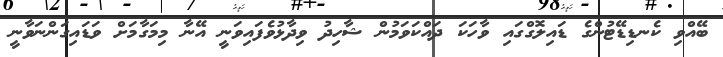
ބޭއްވި ކެނޑިޑޭޓުންގެ ޑައިލޮގްގައި ވާހަކަ ދައްކަވަމުން ޝާހިދު ވިދާޅުވެފައިވަނީ އޭނާ މިމަގާމަށް ވަޑައިގަންނަވާނީ